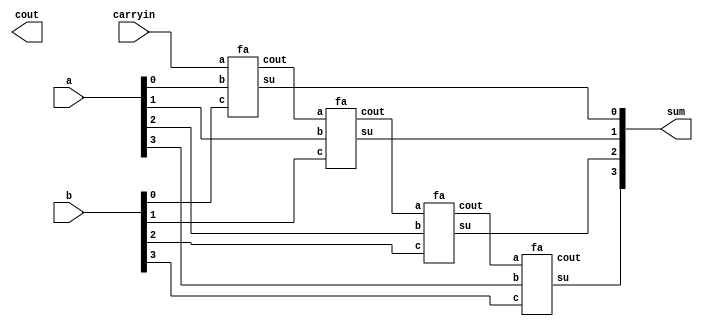
module csaadder(a,b,carryin,cout,sum);

  input carryin;
  input [3:0] a,b;
  wire [3:1] c;
  output cout;
  output [3:0] sum;

  fa s1(c[1],sum[0],carryin,a[0],b[0]);
  fa s2(c[2],sum[1],c[1],a[1],b[1]);
  fa s3(c[3],sum[2],c[2],a[2],b[2]);
  fa s4(carryout,sum[3],c[3],a[3],b[3]);
endmodule

module fa(cout,su,a,b,c);
 input a,b,c;
 output cout,su;
 assign su=a^b^c;
 assign cout=(a&b)|(b&c)|(c&a);
endmodule

//test bench
module testbench;
 reg [3:0] a,b;
 reg c;
 wire [3:0] s;
 wire cout;
 csaadder fa(a,b,c,cout,s);
 initial
  begin
   $dumpfile ("csaadder.vcd");
   $dumpvars(0,testbench);
  // $monitor($time ," a=%b, b=%b, c=%b, sum=%b, cout=%b",a,b,c,s,cout);
   #5 a=0001; b=0010 ; c=1;
   #5 a=0001; b=0000 ; c=0;
   #5 a=0001; b=0010 ; c=1;
  end
endmodule